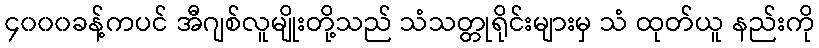
၄၀၀၀ခန့်ကပင် အီဂျစ်လူမျိုးတို့သည် သံသတ္တုရိုင်းများမှ သံ ထုတ်ယူ နည်းကို